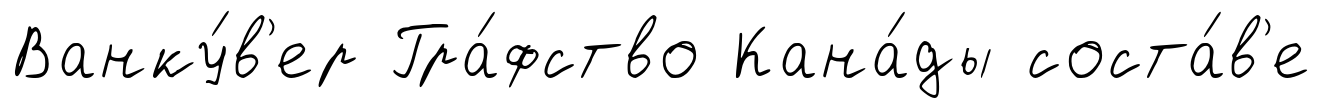
Ванку́в'ер Гра́фство Кана́ды соста́в'е